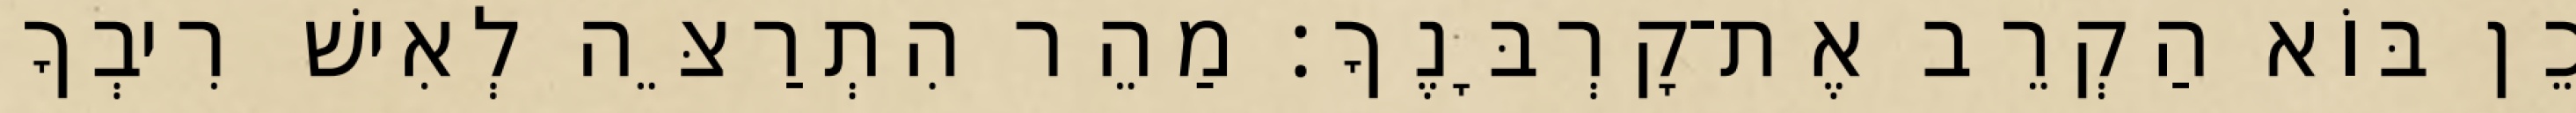
כֵן בּוֹא הַקְרֵב אֶת־קָרְבָּנֶךָ׃ מַהֵר הִתְרַצֵּה לְאִישׁ רִיבְךָ